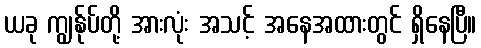
ယခု ကျွန်ုပ်တို့ အားလုံး အသင့် အနေအထားတွင် ရှိနေပြီ။